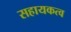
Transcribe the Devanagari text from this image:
सहायकत्व